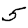
Digit: 5